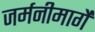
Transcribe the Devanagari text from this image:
जर्मनीमार्गे